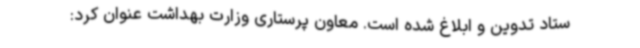
ستاد تدوین و ابلاغ شده است. معاون پرستاری وزارت بهداشت عنوان کرد: